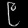
Digit: ၉